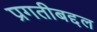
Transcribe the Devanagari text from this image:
प्रगतीबद्दल